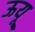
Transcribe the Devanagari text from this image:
ऊयू